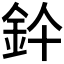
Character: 𨥞